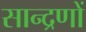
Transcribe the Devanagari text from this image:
सान्द्रणों